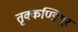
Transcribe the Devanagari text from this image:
तृक्कण्डियूर